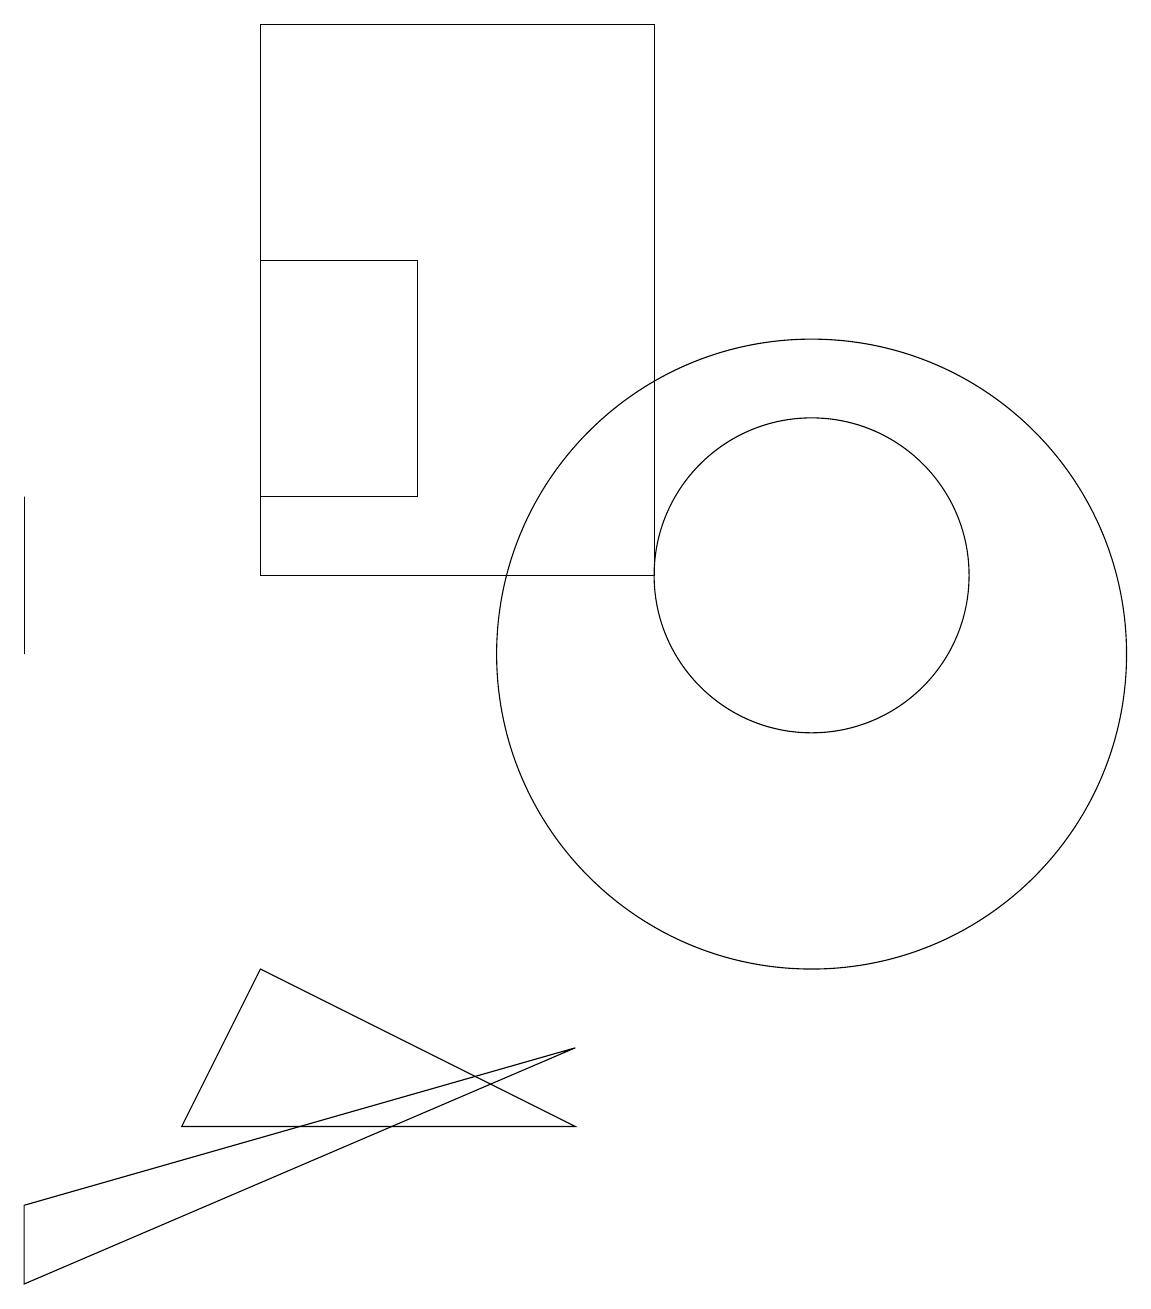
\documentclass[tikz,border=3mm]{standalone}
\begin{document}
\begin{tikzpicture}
\draw (1,10) rectangle (1,12);
\draw (4,15) rectangle (6,12);
\draw (1,2) -- (8,5) -- (1,3) -- cycle;
\draw (9,11) rectangle (4,18);
\draw (11,11) circle (0);
\draw (11,10) circle (4);
\draw (8,4) -- (4,6) -- (3,4) -- cycle;
\draw (11,11) circle (2);
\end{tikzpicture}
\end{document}